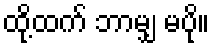
ထို့ထက် ဘာမျှ မပို။